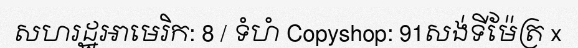
សហរដ្ឋអាមេរិក: 8 / ទំហំ Copyshop: 91សង់ទីម៉ែត្រ x